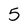
Character: 5